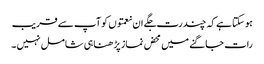
ہو سکتا ہے کہ چند رت جگے ان نعمتوں کو آپ سے قریب
رات جاگنے میں محض نماز پڑ ھنا ہی شامل نہیں ۔